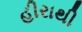
હીરાથી